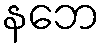
နဘေ